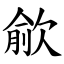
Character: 歈